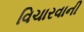
વિચારવાની